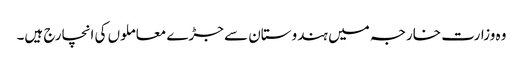
وہ وزارت خارجہ میں ہندوستان سے جڑے معاملوں کی انچارج ہیں۔